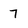
Character: 7